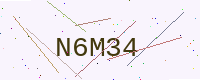
Text: N6M34